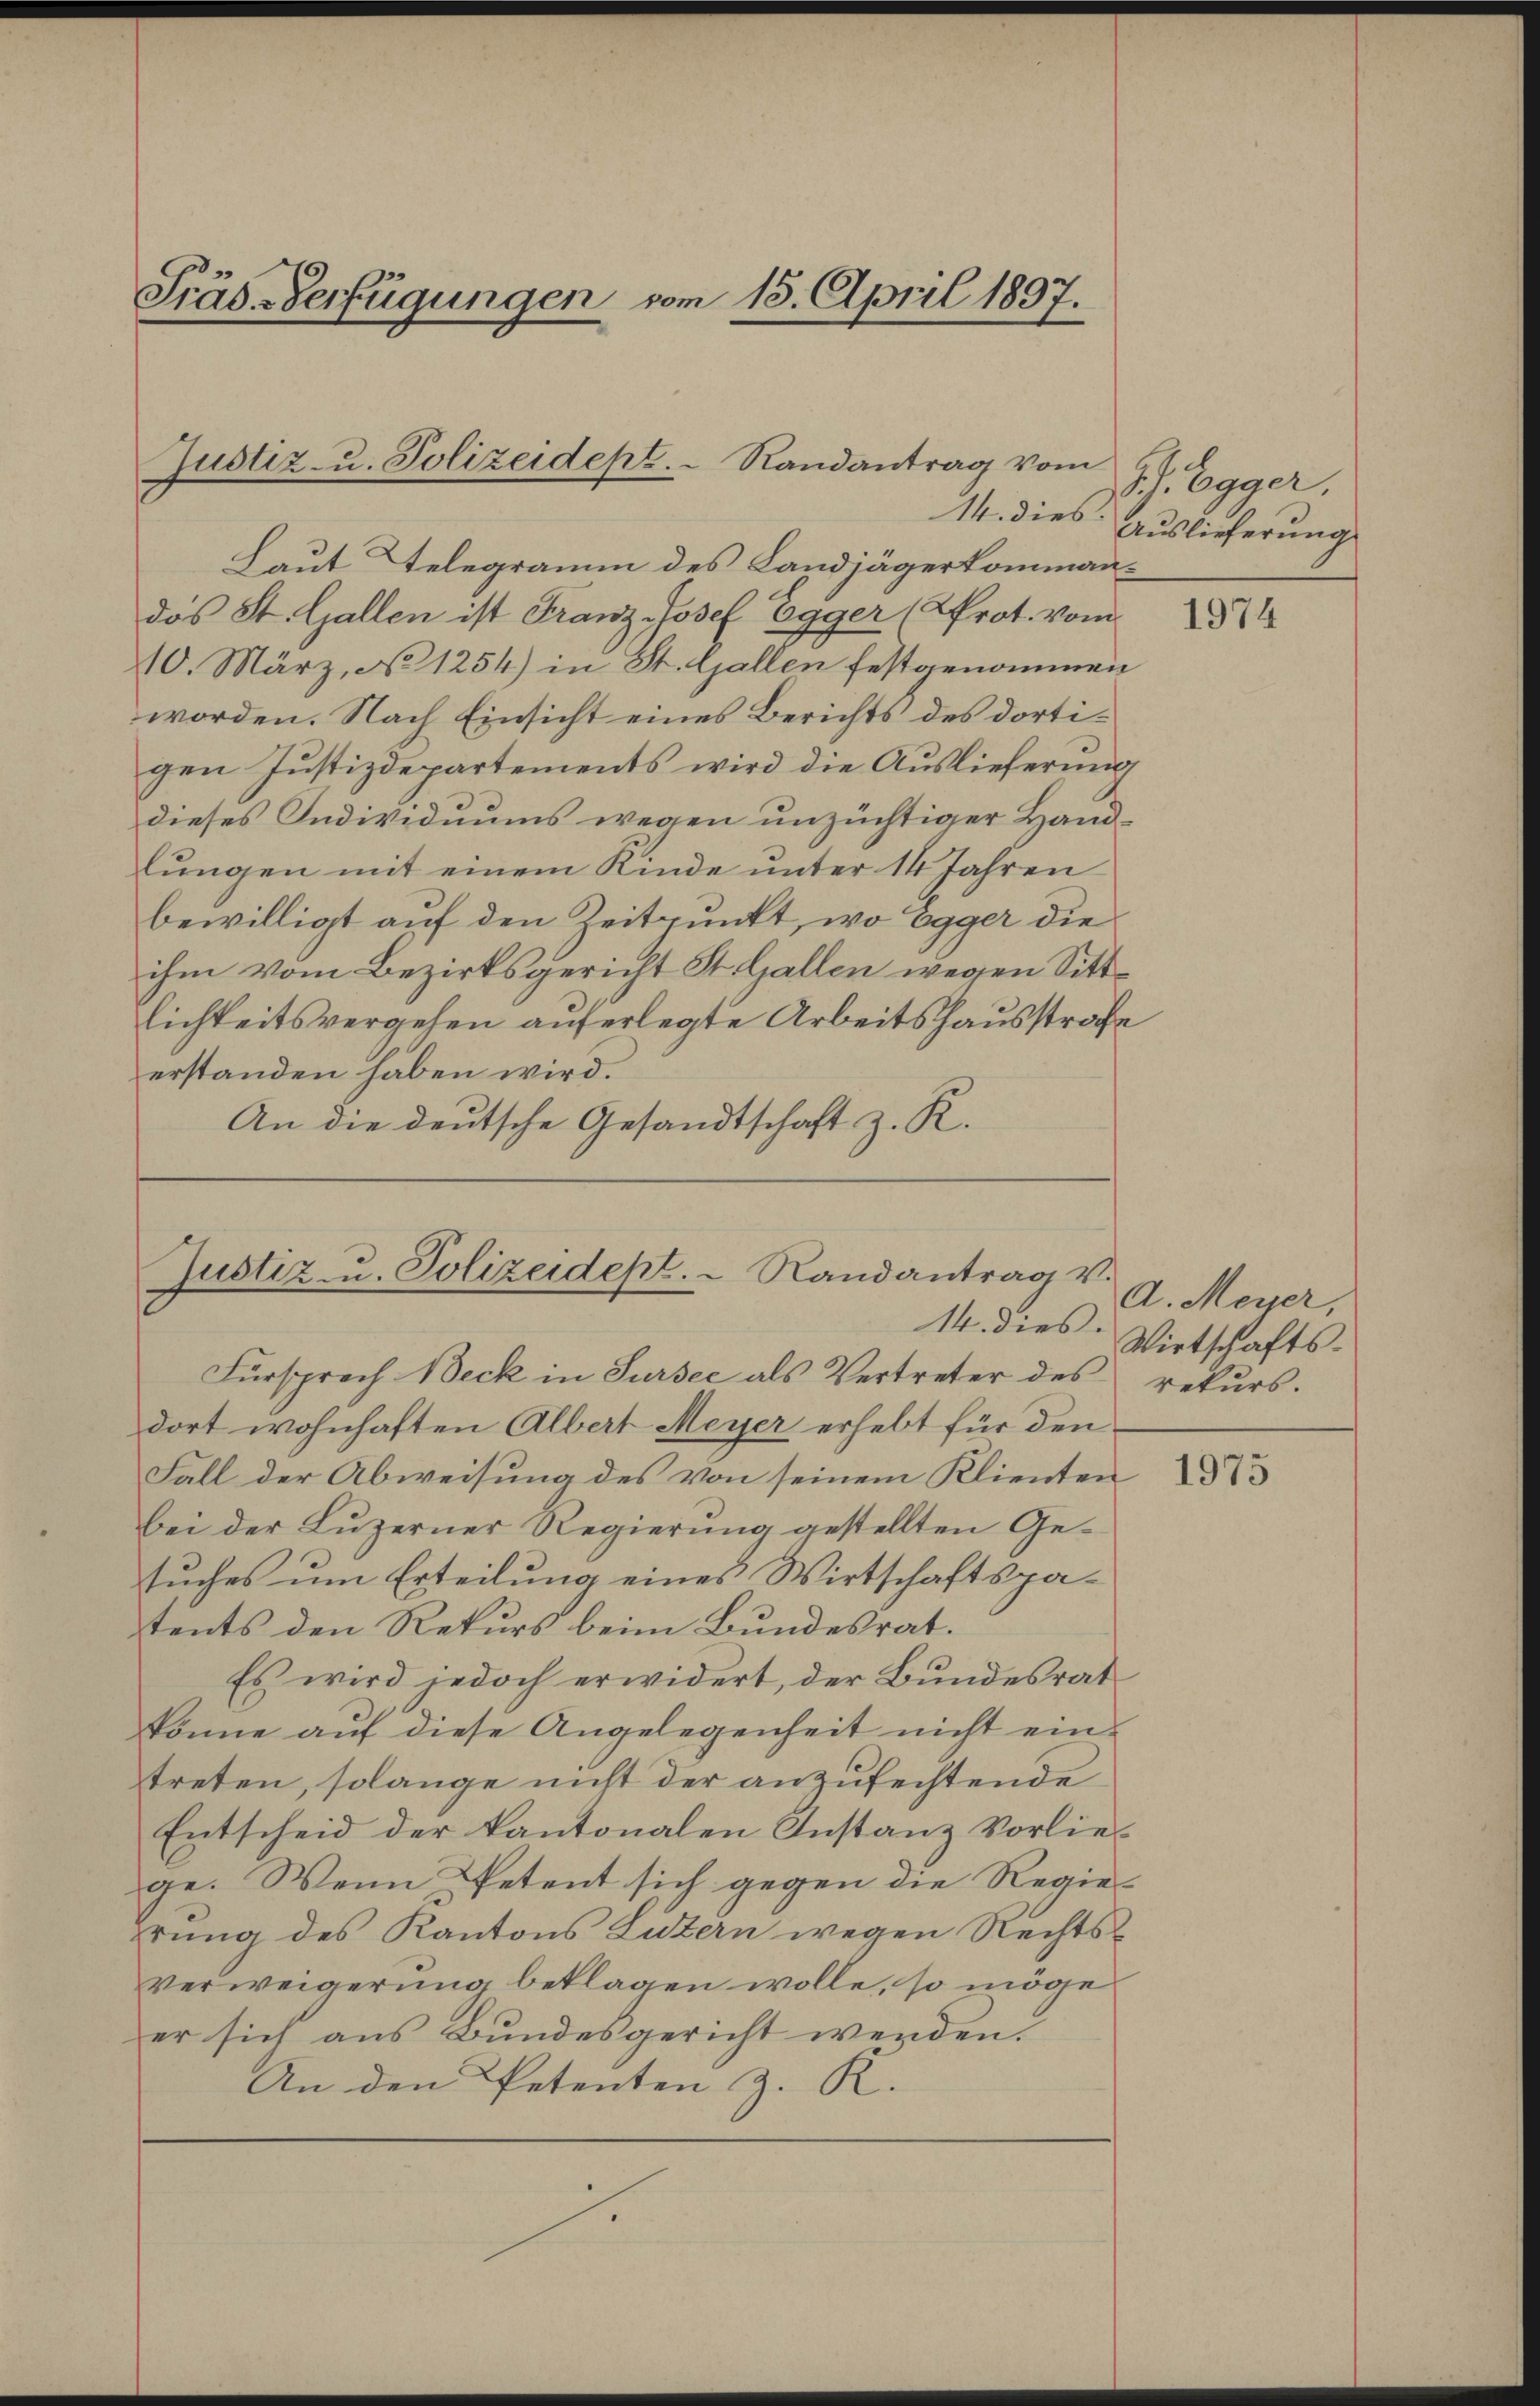
Präs-Verfügungen vom 15. April 1897.

Justiz- u. Polizeidept. Randantrag vom
14. dies

Laut Telegramm des Landjägerkommandas St. Gallen ist Franz-Josef Egger (Prot. vom
10. März, No 1254) in St. Gallen festgenommen
worden. Nach Einsicht eines Berichts des dortigen Justizdepartements wird die Auslieferung
dieses Individuums wegen unzüchtiger Handlungen mit einem Kinde unter 14 Jahren
bewilligt auf den Zeitpunkt, wo Egger die
ihm vom Bezirksgericht St. Gallen wegen Sittlichkeitsvergehen auferlegte Arbeitshausstrafe
erstanden haben wird.
An die deutsche Gesandtschaft z. R.

Justiz- u. Polizeidest.  Randantrag v.
14. dies

Fürsprech Beck in Sursee als Vertreter des rekurs.
dort wohnhaften Albert Meyer erhebt für den
Fall der Abweisung des von seinem Klienten
bei der Luzerner Regierŭng gestellten Ge-
stuches um Erteilung eines Wirtschaftspatents den Rekurs beim Bundesrat.
Es wird jedoch erwidert, der Bundesrat
könne auf diese Angelegenheit nicht eintreten, solange nicht der anzufechtende
Entscheid der kantonalen Instanz Vorliege. Wenn Petent sich gegen die Regierung des Kantons Luzern wegen Rechtsverweigerung beklagen wolle, so möge
er sich aus Bundesgericht werden.
An den Petenten z. K.
J.

Jh. Egger.
Auslieferung

1974

A. Meyer,
Wirtschafts-

1975